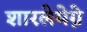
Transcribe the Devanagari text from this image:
शारलेमेग्ने